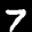
Label: 7